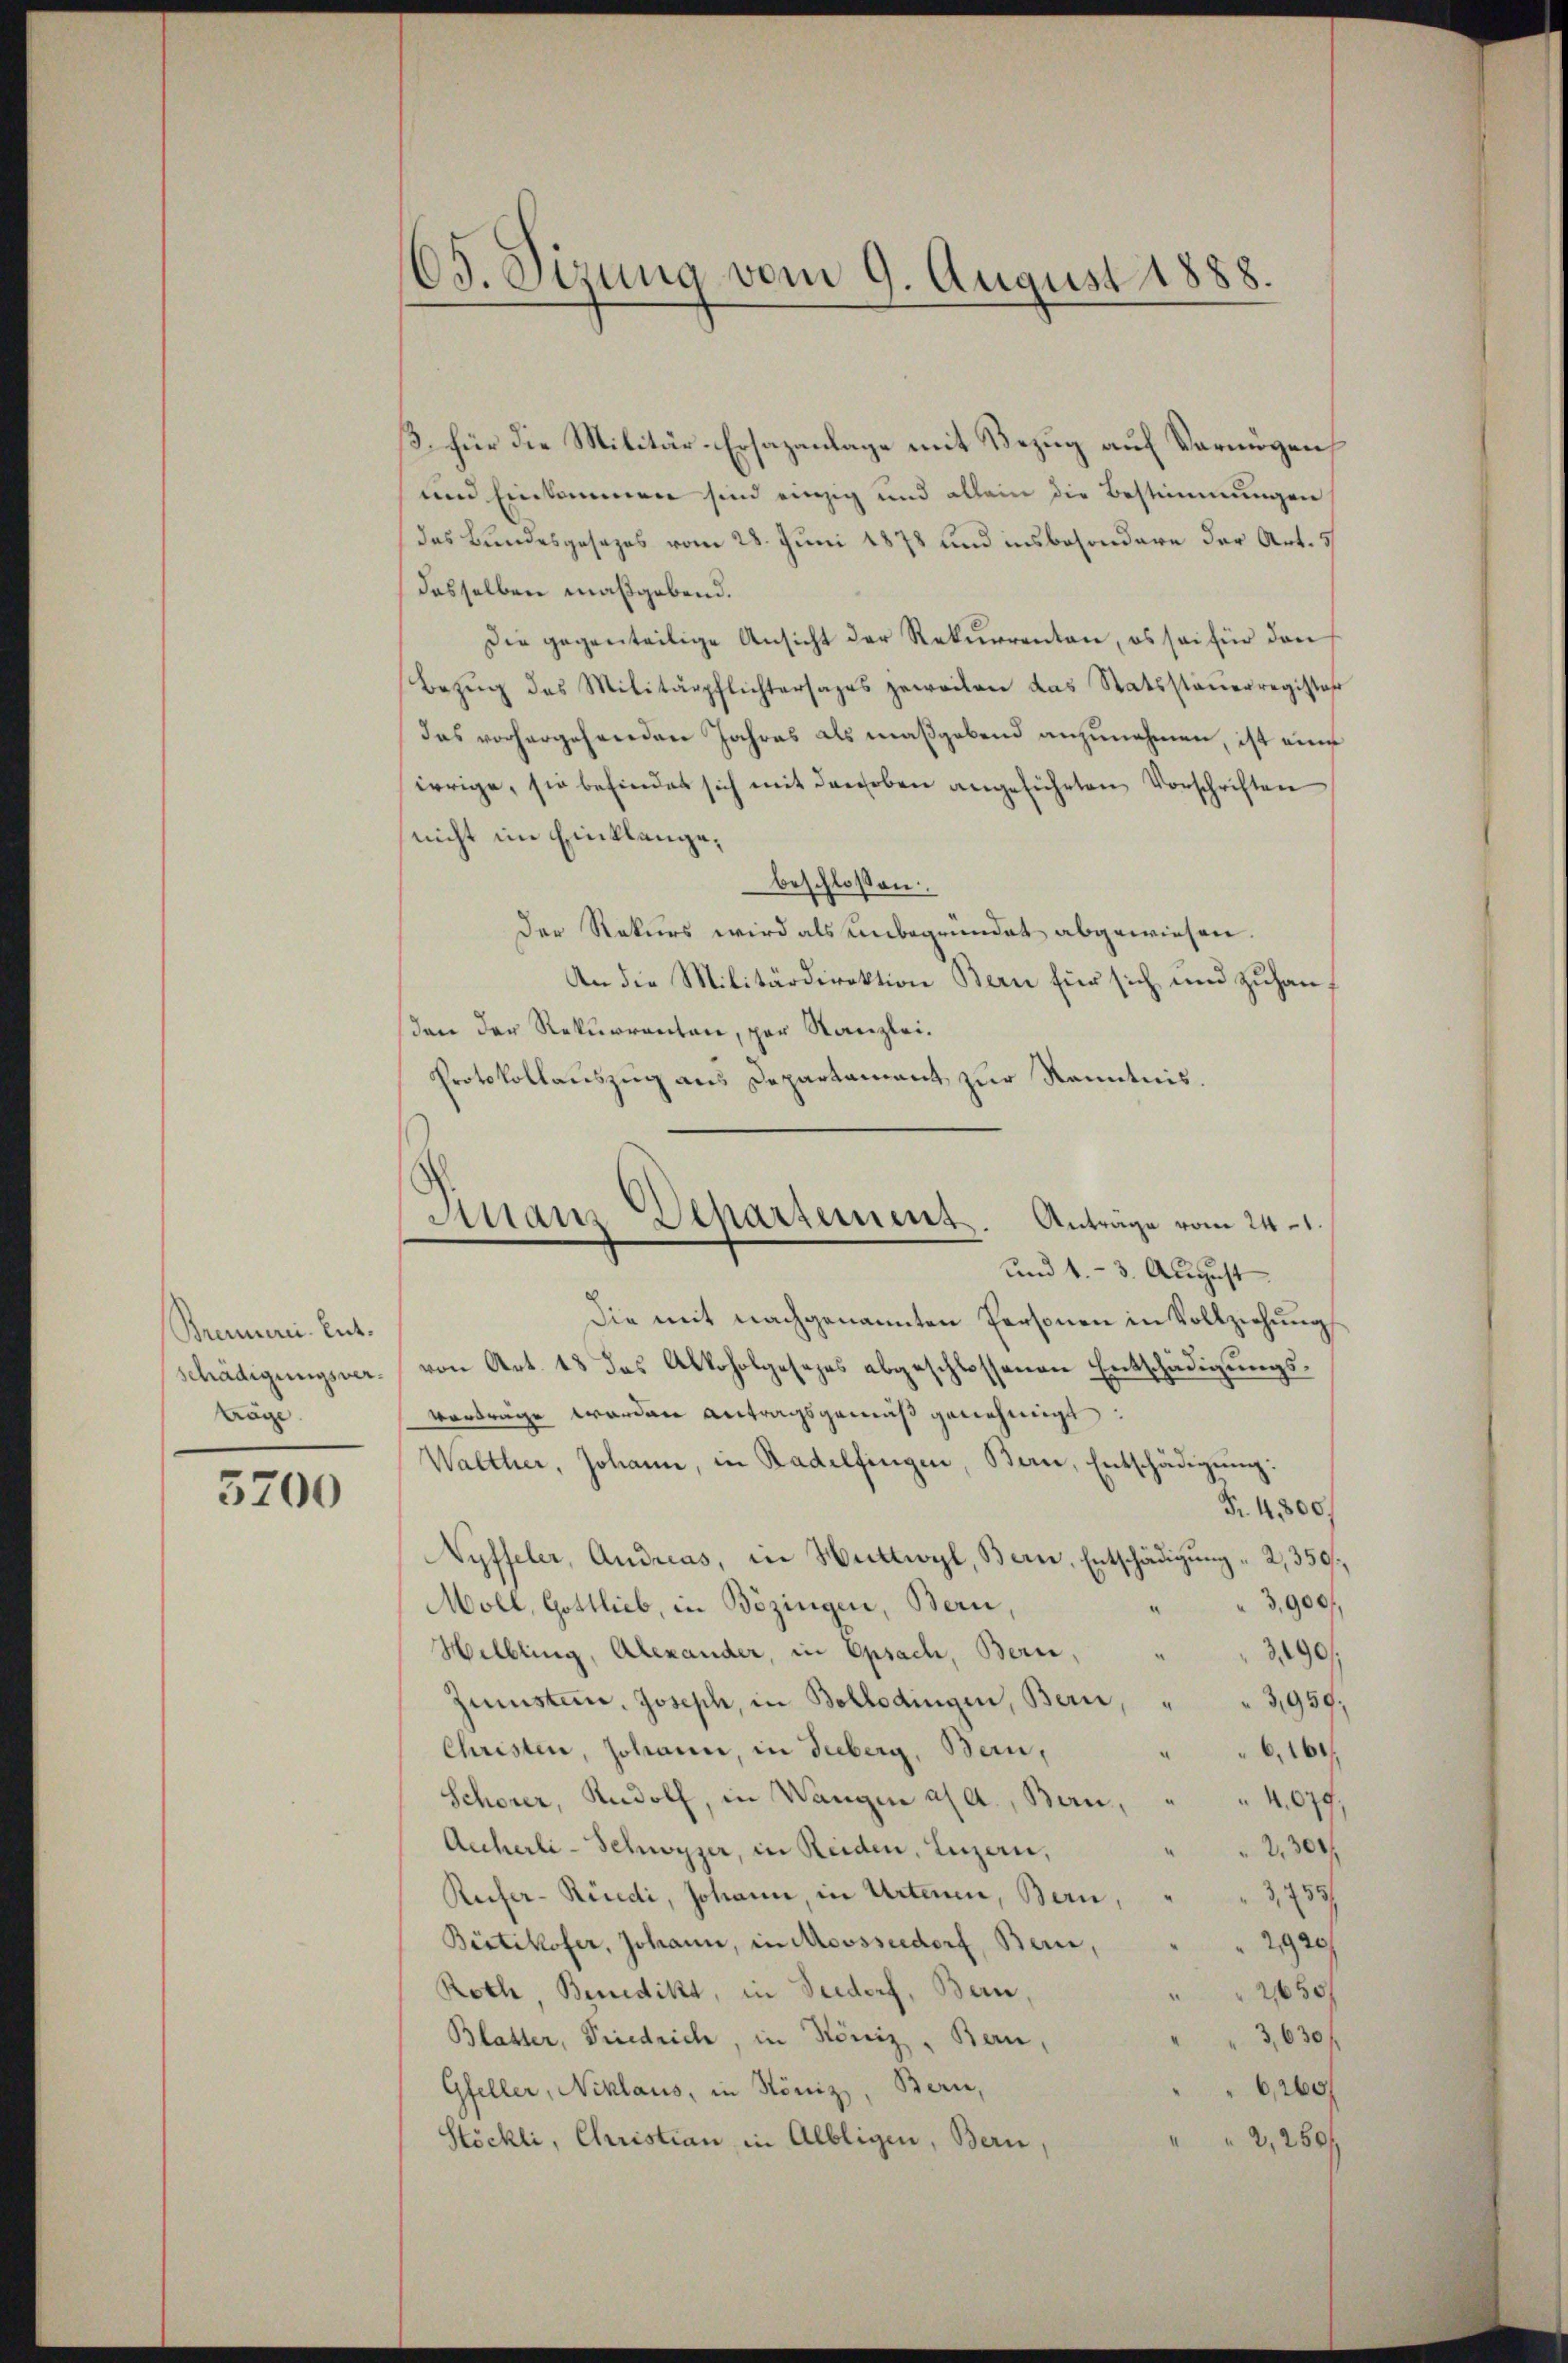
Brennerei. Entschädigungsverträge.

3700

165. Sizung vom 9. August 1888.

/3. für die Militär-Ersazanlage mit Bezug auf Vermögen,
und Einkommen sind einzig und allein die Bestimmungen
das Bundesgesezes vom 28. Juni 1878 und insbesondere der Art. 5
desselben maßgebend.
Die gegenteilige Ansicht der Rekurrenten, es sei für den
Bezŭg des Militärpflichtersages geweilen das Statssteŭerregister
das vorhergehenden Jahres als maßgebend anzunehmen, ist eine
irrige, sie befindet sich mit den oben angeführten Vorschriften
nicht im Einklange,
beschloßen:
Der Rekurs wird als unbegründet abgewiesen.
An die Militärdirektion Bern für sich und zŭhan-
den der Rekurrenten, par Kanzlei.
Protokollauszug aus Departament zur Kenntnis.
Die mit nachgenannten Personen in Vollziehung
von Art. 13 das Alkoholgesezes abgeschlossenen Entschädigungsvortrage werden Antragsgemäß genehmigt:
Walther, Johann, in Radelfingen, Bern, Entschädigŭng:
Fr. 4800.
Nyffeler, Andreas, in Huttwyl, Bern, Entschädigung " 2,359.
3,900
Moll, Gottlieb, in Bözingen, Bern,
¬
390
Helbling, Alexander, in Epsach, Bern,
Zünstein, Joseph, in Bollodingen, Bern, " " 3,950.
Christen, Johann, in Tuberg, Bern,
61
Schorer, Rudolf, in Wangen a/A., Bern,
4.079.
Anherli-Schwyzer, in Reiden, Luzern,
2.300
Refer- Rüedi, Johann, in Artenen, Bern,
3,755/
2920
Bietikofer, Johann, in Mossseedorf, Bern,
Roth Benedikt, in Seedorf, Bern,
250
3,630/
Blatter, Priedrich, in König, Bern,
Gfeller, Niklaus, in Köniz, Bern,
620
Stöckli, Christian in Albligen, Bern,
2,250f

Finanz Separtement. Antrage vom 24.1.
und 4.- 3. August